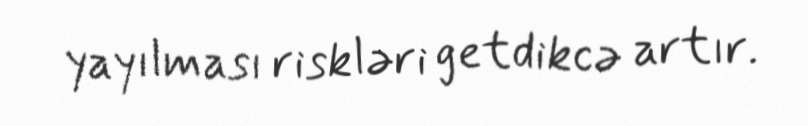
yayılması riskləri getdikcə artır.